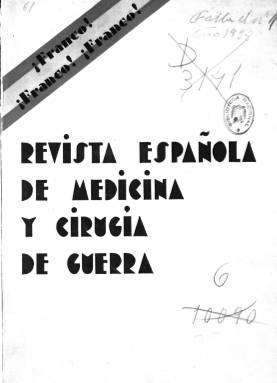
Título: Revista española de medicina y cirugía de guerra
Colección: Medicina || Medicina militar || Guerra civil || Fuerzas armadas
Ámbito geográfico: Madrid
Lugar de publicación: Madrid
Fechas: 01/10/1938-31/12/1945